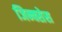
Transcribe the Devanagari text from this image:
जिन्क्सेस